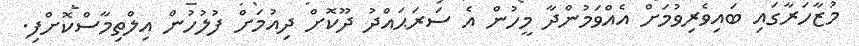
މުޒާހަރާގައި ބައިވެރިވުމަށް އެއްވަމުންދާ މީހުން އެ ސަރަޙައްދު ދޫކޮށް ދިއުމަށް ފުލުހުން އިލްތިމާސްކޮށްފި.